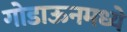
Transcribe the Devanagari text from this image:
गोडाऊनमध्ये